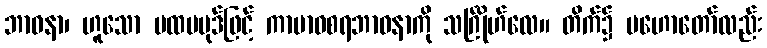
ဘာဝနာ၊ ဟူသော ပထမပုဒ်ဖြင့် ကာမာဝစရဘာဝနာကို သင်္ဂြိုဟ်လေ။ တိက်၌ မဟောတော်လည်း